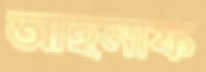
আহনাফ